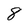
Character: 8